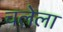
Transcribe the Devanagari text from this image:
चलेला